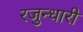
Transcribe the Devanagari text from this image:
रजुन्धारी